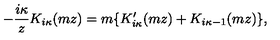
- \frac { i \kappa } { z } K _ { i \kappa } ( m z ) = m \{ K _ { i \kappa } ^ { \prime } ( m z ) + K _ { i \kappa - 1 } ( m z ) \} ,